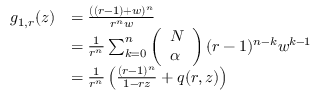
\begin{array} { r l } { g _ { 1 , r } ( z ) } & { = \frac { ( ( r - 1 ) + w ) ^ { n } } { r ^ { n } w } } \\ & { = \frac { 1 } { r ^ { n } } \sum _ { k = 0 } ^ { n } \left( \begin{array} { l } { N } \\ { \alpha } \end{array} \right) ( r - 1 ) ^ { n - k } w ^ { k - 1 } } \\ & { = \frac { 1 } { r ^ { n } } \left( \frac { ( r - 1 ) ^ { n } } { 1 - r z } + q ( r , z ) \right) } \end{array}